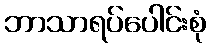
ဘာသာရပ်ပေါင်းစုံ